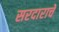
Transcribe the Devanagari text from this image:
सरदाराचे